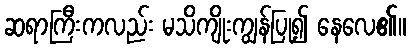
ဆရာကြီးကလည်း မသိကျိုးကျွန်ပြု၍ နေလေ၏။